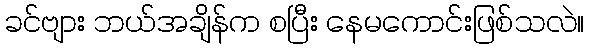
ခင်ဗျား ဘယ်အချိန်က စပြီး နေမကောင်းဖြစ်သလဲ။